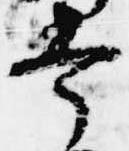
幸